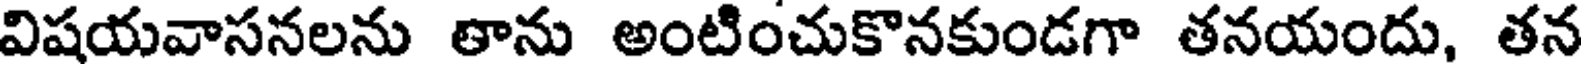
విషయవాసనలను తాను అంటించుకొనకుండగా తనయందు, తన